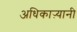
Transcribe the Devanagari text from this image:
अधिकाऱ्यानी